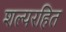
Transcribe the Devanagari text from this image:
शल्यरहित